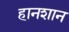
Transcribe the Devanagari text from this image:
हानशान